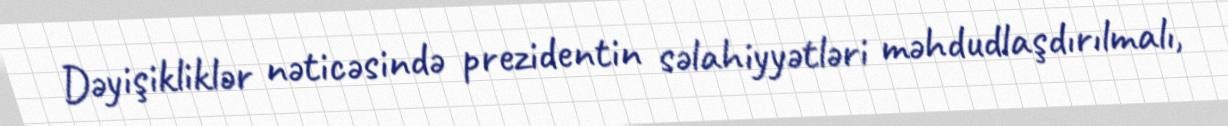
Dəyişikliklər nəticəsində prezidentin səlahiyyətləri məhdudlaşdırılmalı,